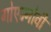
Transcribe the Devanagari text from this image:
गोएज्नोवी